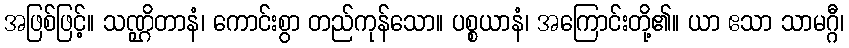
အဖြစ်ဖြင့်။ သဏ္ဌိတာနံ၊ ကောင်းစွာ တည်ကုန်သော။ ပစ္စယာနံ၊ အကြောင်းတို့၏။ ယာ ဧသာ သာမဂ္ဂီ၊